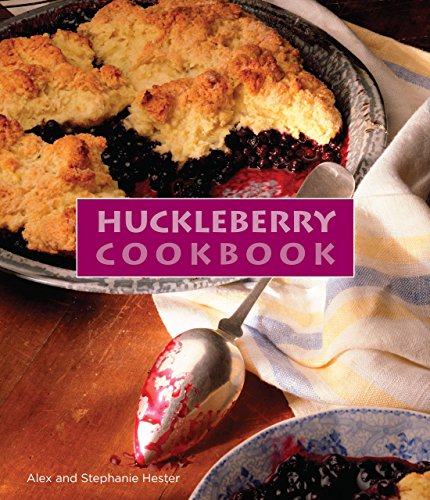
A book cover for Huckleberry Cookbook; Stephanie Hester; Cookbooks, Food & Wine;